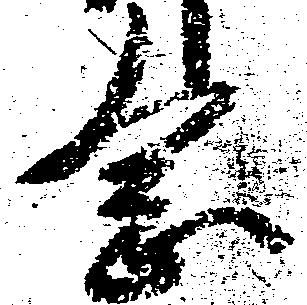
念